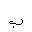
Letter: _ba